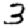
Digit: 3